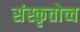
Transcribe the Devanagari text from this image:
संस्कृतोच्च